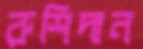
রুশিদান